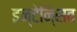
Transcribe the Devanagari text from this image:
इन्टेनि्सव